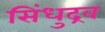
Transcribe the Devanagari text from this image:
सिंधुद्रव